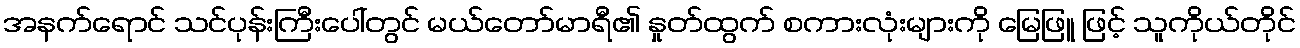
အနက်ရောင် သင်ပုန်းကြီးပေါ်တွင် မယ်တော်မာရီ၏ နှုတ်ထွက် စကားလုံးများကို မြေဖြူ ဖြင့် သူကိုယ်တိုင်